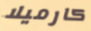
كارميلا